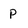
Character: P